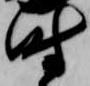
時